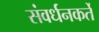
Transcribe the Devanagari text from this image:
संवर्धनकर्ते